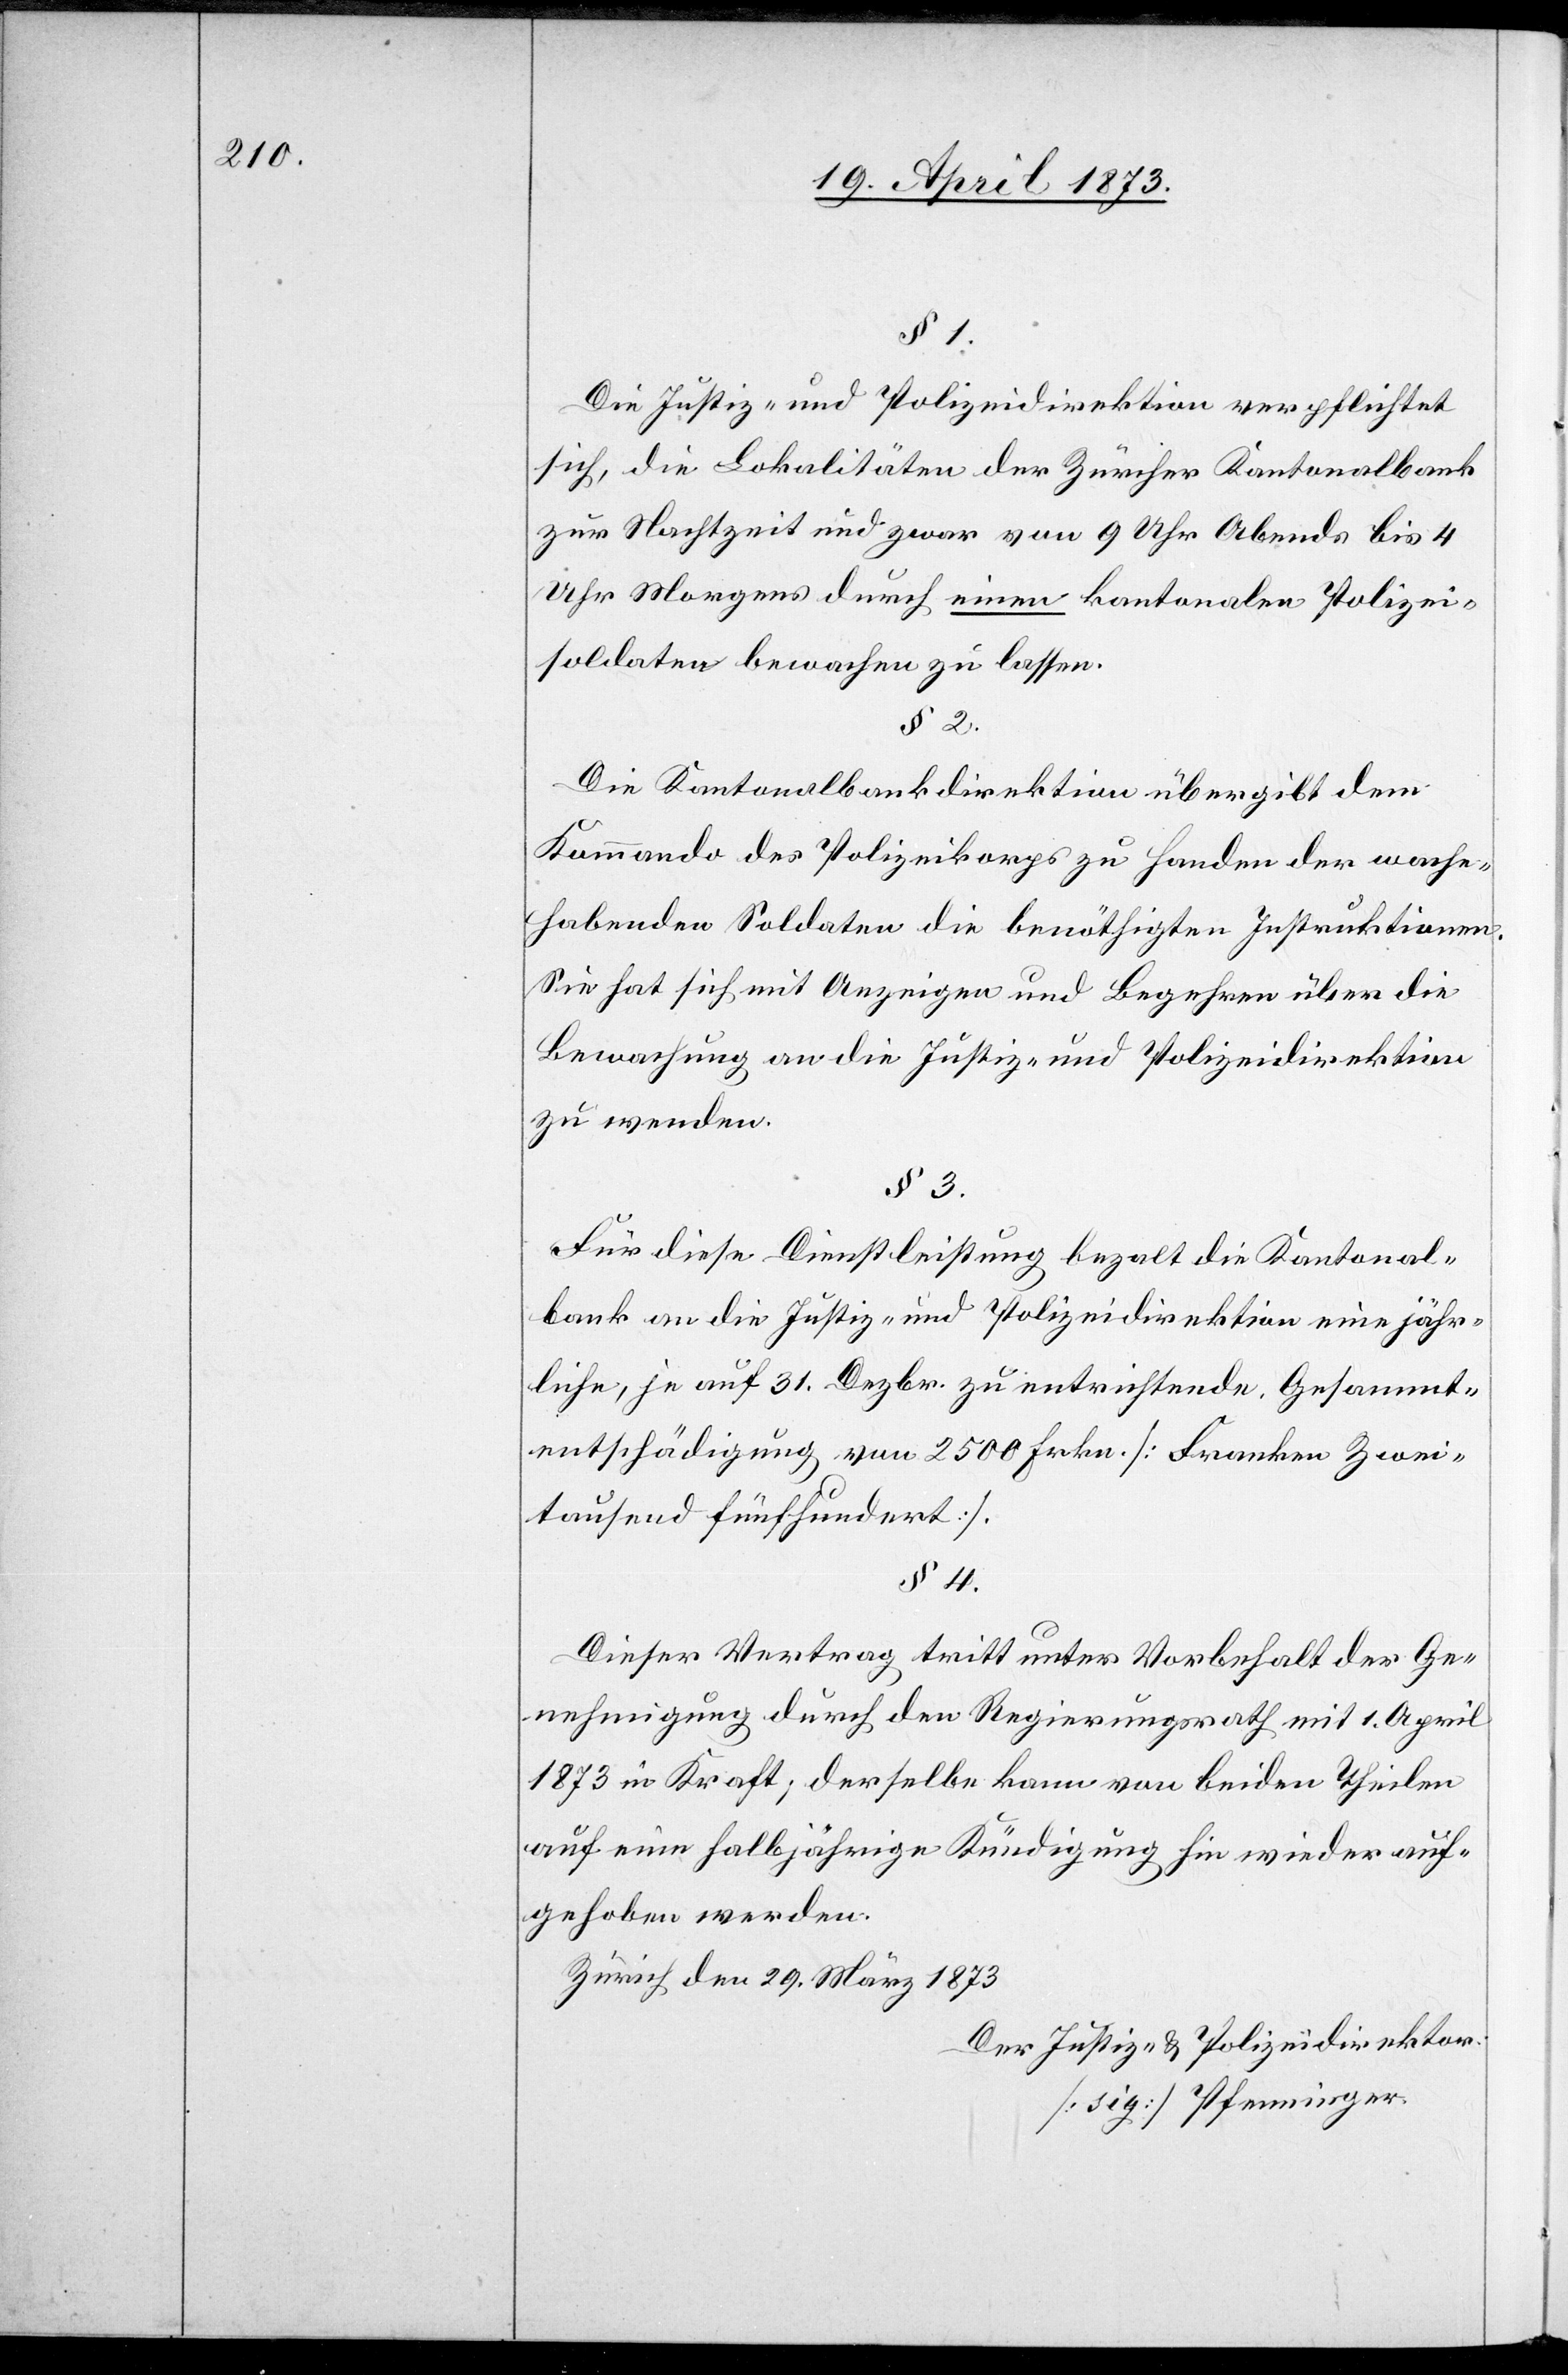
§ 1.
Die Justiz- und Polizeidirektion verpflichtet
sich, die Lokalitäten der Zürcher Kantonalbank
zur Nachtzeit und zwar von 9 Uhr Abends bis 4
Uhr Morgens durch einen kantonalen Polizei¬
soldaten bewachen zu lassen.
§ 2.
Die Kantonalbankdirektion übergibt dem
Kommando des Polizeikorps zu Handen der wache¬
habenden Soldaten die benöthigten Instruktionen.
Sie hat sich mit Anzeigen und Begehren über die
Bewachung an die Justiz- und Polizeidirektion
zu wenden.
§ 3.
Für diese Dienstleistung bezahlt die Kantonal¬
bank an die Justiz- und Polizeidirektion eine jähr¬
liche, je auf 31. Dezbr. zu entrichtende Gesammt¬
entschädigung von 2500 Frkn.[Franken Zwei¬
tausend fünfhundert].
§ 4.
Dieser Vertrag tritt unter Vorbehalt der Ge¬
nehmigung durch den Regierungsrath mit 1. April
1873 in Kraft; derselbe kann von beiden Theilen
auf eine halbjährige Kündigung hin wieder auf¬
gehoben werden.
Zürich den 29. März 1873
Der Justiz- & Polizeidirektor.
[sig] Pfenninger.